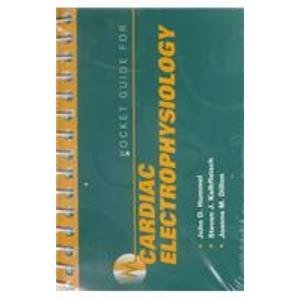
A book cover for Pocket Guide for Cardiac Electrophysiology; John D. Hummel MD; Medical Books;